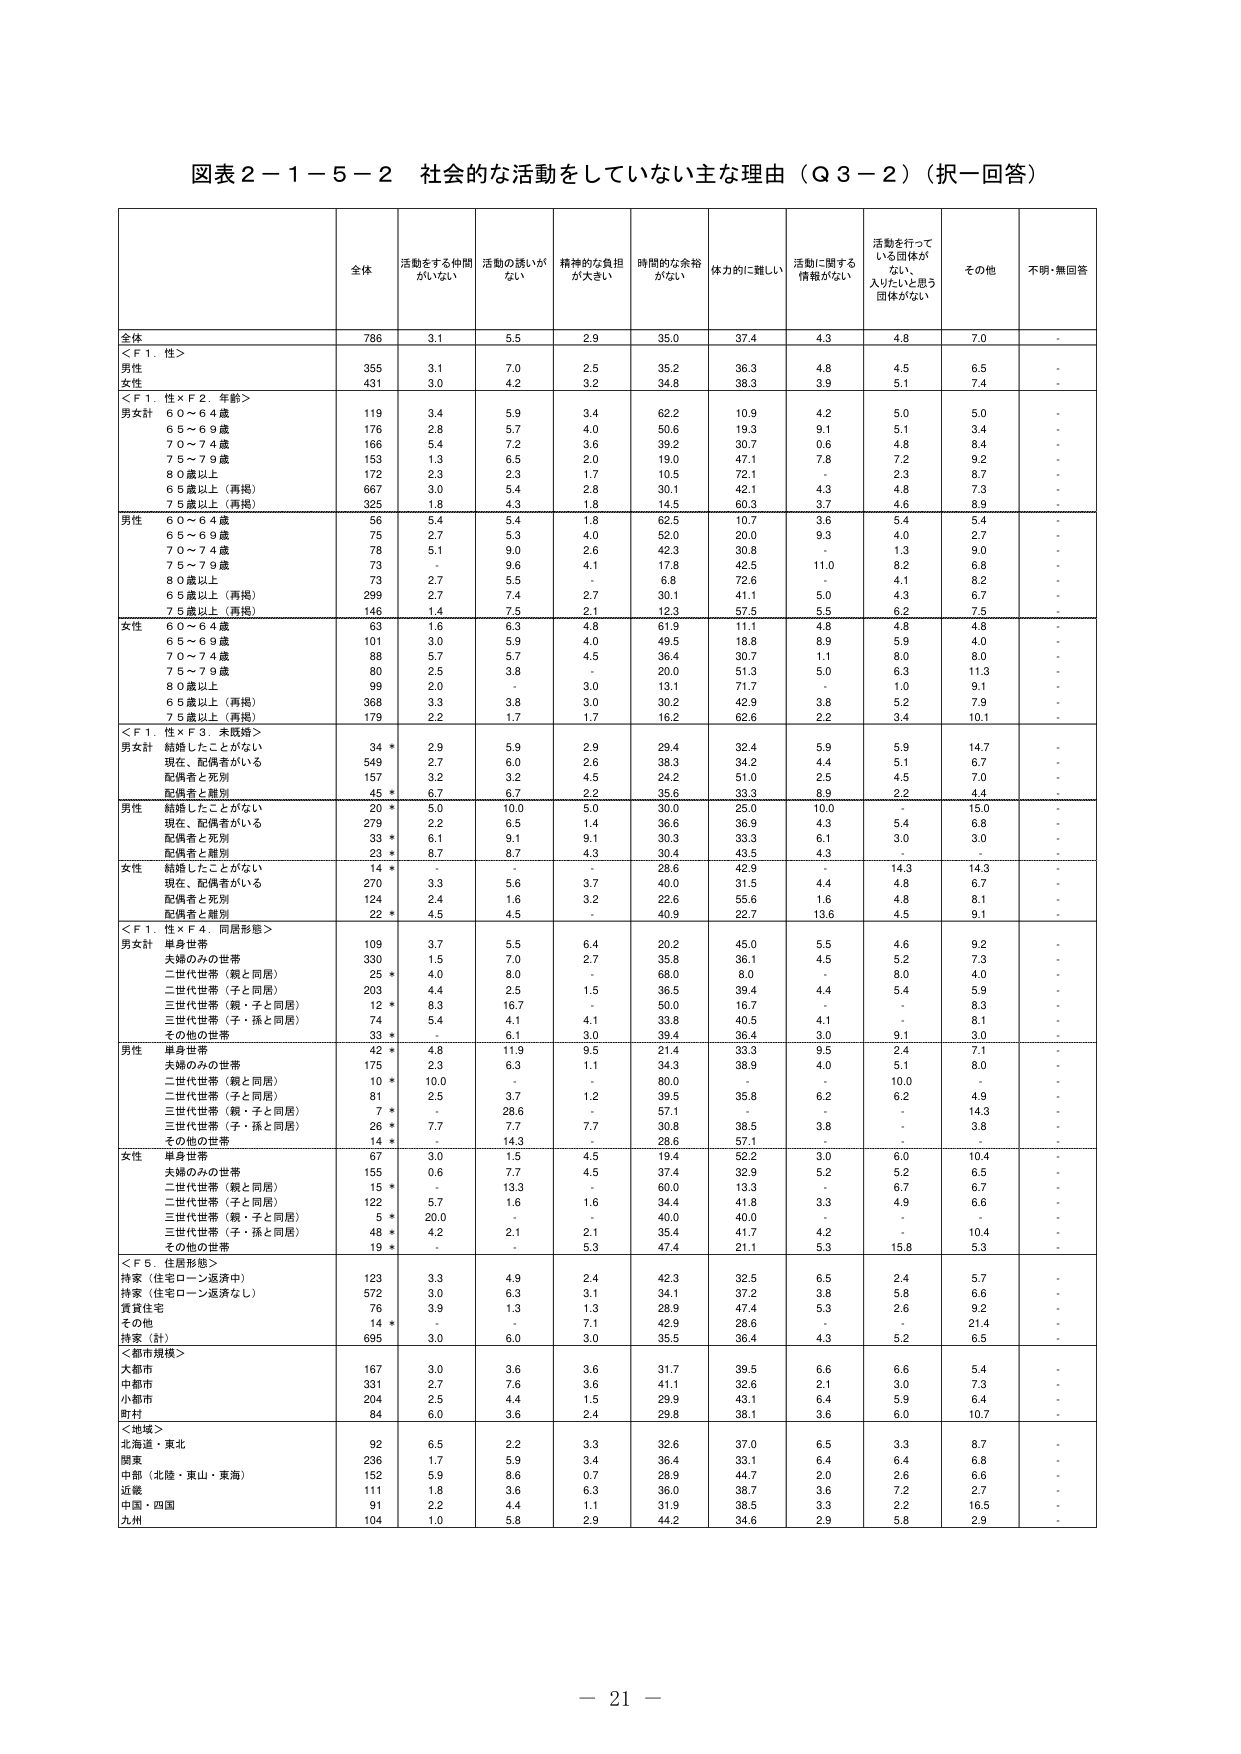
図表２－１－５－２ 社会的な活動をしていない主な理由（Ｑ３－２）（択一回答）

全体 活動をする仲間がいない 活動の誘いがない 精神的な負担が大きい 時間的な余裕がない 体力的に難しい 活動に関する情報がない 活動を行っている団体がなく、入りたいと思う団体がない その他 不明・無回答

全体 786 3.1 5.5 2.9 35.0 37.4 4.3 4.8 7.0 -

＜Ｆ１．性＞
男性 355 3.1 7.0 2.5 35.2 36.3 4.8 4.5 6.5 -
女性 431 3.0 4.2 3.2 34.8 38.3 3.9 5.1 7.4 -

＜Ｆ１．性×Ｆ２．年齢＞
男女計
６０～６４歳 119 3.4 5.9 3.4 62.2 10.9 4.2 5.0 5.0 -
６５～６９歳 176 2.8 5.7 4.0 50.6 19.3 9.1 5.1 3.4 -
７０～７４歳 166 5.4 7.2 3.6 39.2 30.7 0.6 4.8 8.4 -
７５～７９歳 153 1.3 6.5 2.0 19.0 47.1 7.8 7.2 9.2 -
８０歳以上 172 2.3 2.3 1.7 10.5 72.1 - 2.3 8.7 -
６５歳以上（再掲） 667 3.0 5.4 2.8 30.1 42.1 4.3 4.8 7.3 -
７５歳以上（再掲） 325 1.8 4.3 1.8 14.5 60.3 3.7 4.6 8.9 -

男性
６０～６４歳 56 5.4 5.4 1.8 62.5 10.7 3.6 5.4 5.4 -
６５～６９歳 75 2.7 5.3 4.0 52.0 20.0 9.3 4.0 2.7 -
７０～７４歳 78 5.1 9.0 2.6 42.3 30.8 - 1.3 9.0 -
７５～７９歳 73 - 9.6 4.1 17.8 42.5 11.0 8.2 6.8 -
８０歳以上 73 2.7 5.5 - 6.8 72.6 - 4.1 8.2 -
６５歳以上（再掲） 299 2.7 7.4 2.7 30.1 41.1 5.0 4.3 6.7 -
７５歳以上（再掲） 146 1.4 7.5 2.1 12.3 57.5 5.5 6.2 7.5 -

女性
６０～６４歳 63 1.6 6.3 4.8 61.9 11.1 4.8 4.8 4.8 -
６５～６９歳 101 3.0 5.9 4.0 49.5 18.8 8.9 5.9 4.0 -
７０～７４歳 88 5.7 5.7 4.5 36.4 30.7 1.1 8.0 8.0 -
７５～７９歳 80 2.5 3.8 - 20.0 51.3 5.0 6.3 11.3 -
８０歳以上 99 2.0 - 3.0 13.1 71.7 - 1.0 9.1 -
６５歳以上（再掲） 368 3.3 3.8 3.0 30.2 42.9 3.8 5.2 7.9 -
７５歳以上（再掲） 179 2.2 1.7 1.7 16.2 62.6 2.2 3.4 10.1 -

＜Ｆ１．性×Ｆ３．未既婚＞
男女計
結婚したことがない 34 * 2.9 5.9 2.9 29.4 32.4 5.9 5.9 14.7 -
現在、配偶者がいる 549 2.7 6.0 2.6 38.3 34.2 4.4 5.1 6.7 -
配偶者と死別 157 3.2 3.2 4.5 24.2 51.0 2.5 4.5 7.0 -
配偶者と離別 45 * 6.7 6.7 2.2 35.6 33.3 8.9 2.2 4.4 -

男性
結婚したことがない 20 * 5.0 10.0 5.0 30.0 25.0 10.0 - 15.0 -
現在、配偶者がいる 279 2.2 6.5 1.4 36.6 36.9 4.3 5.4 6.8 -
配偶者と死別 33 * 6.1 9.1 9.1 30.3 33.3 6.1 3.0 3.0 -
配偶者と離別 23 * 8.7 8.7 4.3 30.4 43.5 4.3 - - -

女性
結婚したことがない 14 * - - - 28.6 42.9 - 14.3 14.3 -
現在、配偶者がいる 270 3.3 5.6 3.7 40.0 31.5 4.4 4.8 6.7 -
配偶者と死別 124 2.4 1.6 3.2 22.6 55.6 1.6 4.8 8.1 -
配偶者と離別 22 * 4.5 4.5 - 40.9 22.7 13.6 4.5 9.1 -

＜Ｆ１．性×Ｆ４．同居形態＞
男女計
単身世帯 109 3.7 5.5 6.4 20.2 45.0 5.5 4.6 9.2 -
夫婦のみの世帯 330 1.5 7.0 2.7 35.8 36.1 4.5 5.2 7.3 -
二世代世帯（親と同居） 25 * 4.0 8.0 - 68.0 8.0 - 8.0 4.0 -
二世代世帯（子と同居） 203 4.4 2.5 1.5 36.5 39.4 4.4 5.4 5.9 -
三世代世帯（親・子と同居） 12 * 8.3 16.7 - 50.0 16.7 - - 8.3 -
三世代世帯（子・孫と同居） 74 5.4 4.1 4.1 33.8 40.5 4.1 - 8.1 -
その他の世帯 33 * - 6.1 3.0 39.4 36.4 3.0 9.1 3.0 -

男性
単身世帯 42 * 4.8 11.9 9.5 21.4 33.3 9.5 2.4 7.1 -
夫婦のみの世帯 175 2.3 6.3 1.1 34.3 38.9 4.0 5.1 8.0 -
二世代世帯（親と同居） 10 * 10.0 - - 80.0 - - 10.0 - -
二世代世帯（子と同居） 81 2.5 3.7 1.2 39.5 35.8 6.2 6.2 4.9 -
三世代世帯（親・子と同居） 7 * - 28.6 - 57.1 - - - 14.3 -
三世代世帯（子・孫と同居） 26 * 7.7 7.7 7.7 30.8 38.5 3.8 - 3.8 -
その他の世帯 14 * - 14.3 - 28.6 57.1 - - - -

女性
単身世帯 67 3.0 1.5 4.5 19.4 52.2 3.0 6.0 10.4 -
夫婦のみの世帯 155 0.6 7.7 4.5 37.4 32.9 5.2 5.2 6.5 -
二世代世帯（親と同居） 15 * - 13.3 - 60.0 13.3 - 6.7 6.7 -
二世代世帯（子と同居） 122 5.7 1.6 1.6 34.4 41.8 3.3 4.9 6.6 -
三世代世帯（親・子と同居） 5 * 20.0 - - 40.0 40.0 - - - -
三世代世帯（子・孫と同居） 48 * 4.2 2.1 2.1 35.4 41.7 4.2 - 10.4 -
その他の世帯 19 * - - 5.3 47.4 21.1 5.3 15.8 5.3 -

＜Ｆ５．住居形態＞
持家（住宅ローン返済中） 123 3.3 4.9 2.4 42.3 32.5 6.5 2.4 5.7 -
持家（住宅ローン返済なし） 572 3.0 6.3 3.1 34.1 37.2 3.8 5.8 6.6 -
賃貸住宅 76 3.9 1.3 1.3 28.9 47.4 5.3 2.6 9.2 -
その他 14 * - - 7.1 42.9 28.6 - - 21.4 -
持家（計） 695 3.0 6.0 3.0 35.5 36.4 4.3 5.2 6.5 -

＜都市規模＞
大都市 167 3.0 3.6 3.6 31.7 39.5 6.6 6.6 5.4 -
中都市 331 2.7 7.6 3.6 41.1 32.6 2.1 3.0 7.3 -
小都市 204 2.5 4.4 1.5 29.9 43.1 6.4 5.9 6.4 -
町村 84 6.0 3.6 2.4 29.8 38.1 3.6 6.0 10.7 -

＜地域＞
北海道・東北 92 6.5 2.2 3.3 32.6 37.0 6.5 3.3 8.7 -
関東 236 1.7 5.9 3.4 36.4 33.1 6.4 6.4 6.8 -
中部（北陸・東山・東海） 152 5.9 8.6 0.7 28.9 44.7 2.0 2.6 6.6 -
近畿 111 1.8 3.6 6.3 36.0 38.7 3.6 7.2 2.7 -
中国・四国 91 2.2 4.4 1.1 31.9 38.5 3.3 2.2 16.5 -
九州 104 1.0 5.8 2.9 44.2 34.6 2.9 5.8 2.9 -

－ 21 －